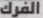
الفرك